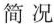
简 况